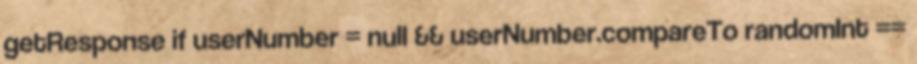
getResponse if userNumber = null && userNumber.compareTo randomInt ==